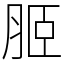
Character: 𦚟